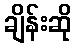
ချိန်းဆို